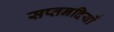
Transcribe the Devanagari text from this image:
सप्तनदियों